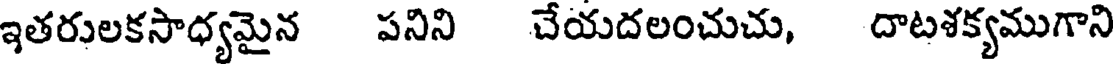
ఇతరులకసాధ్యమైన పనిని చేయదలంచుచు, దాటళక్యముగాని